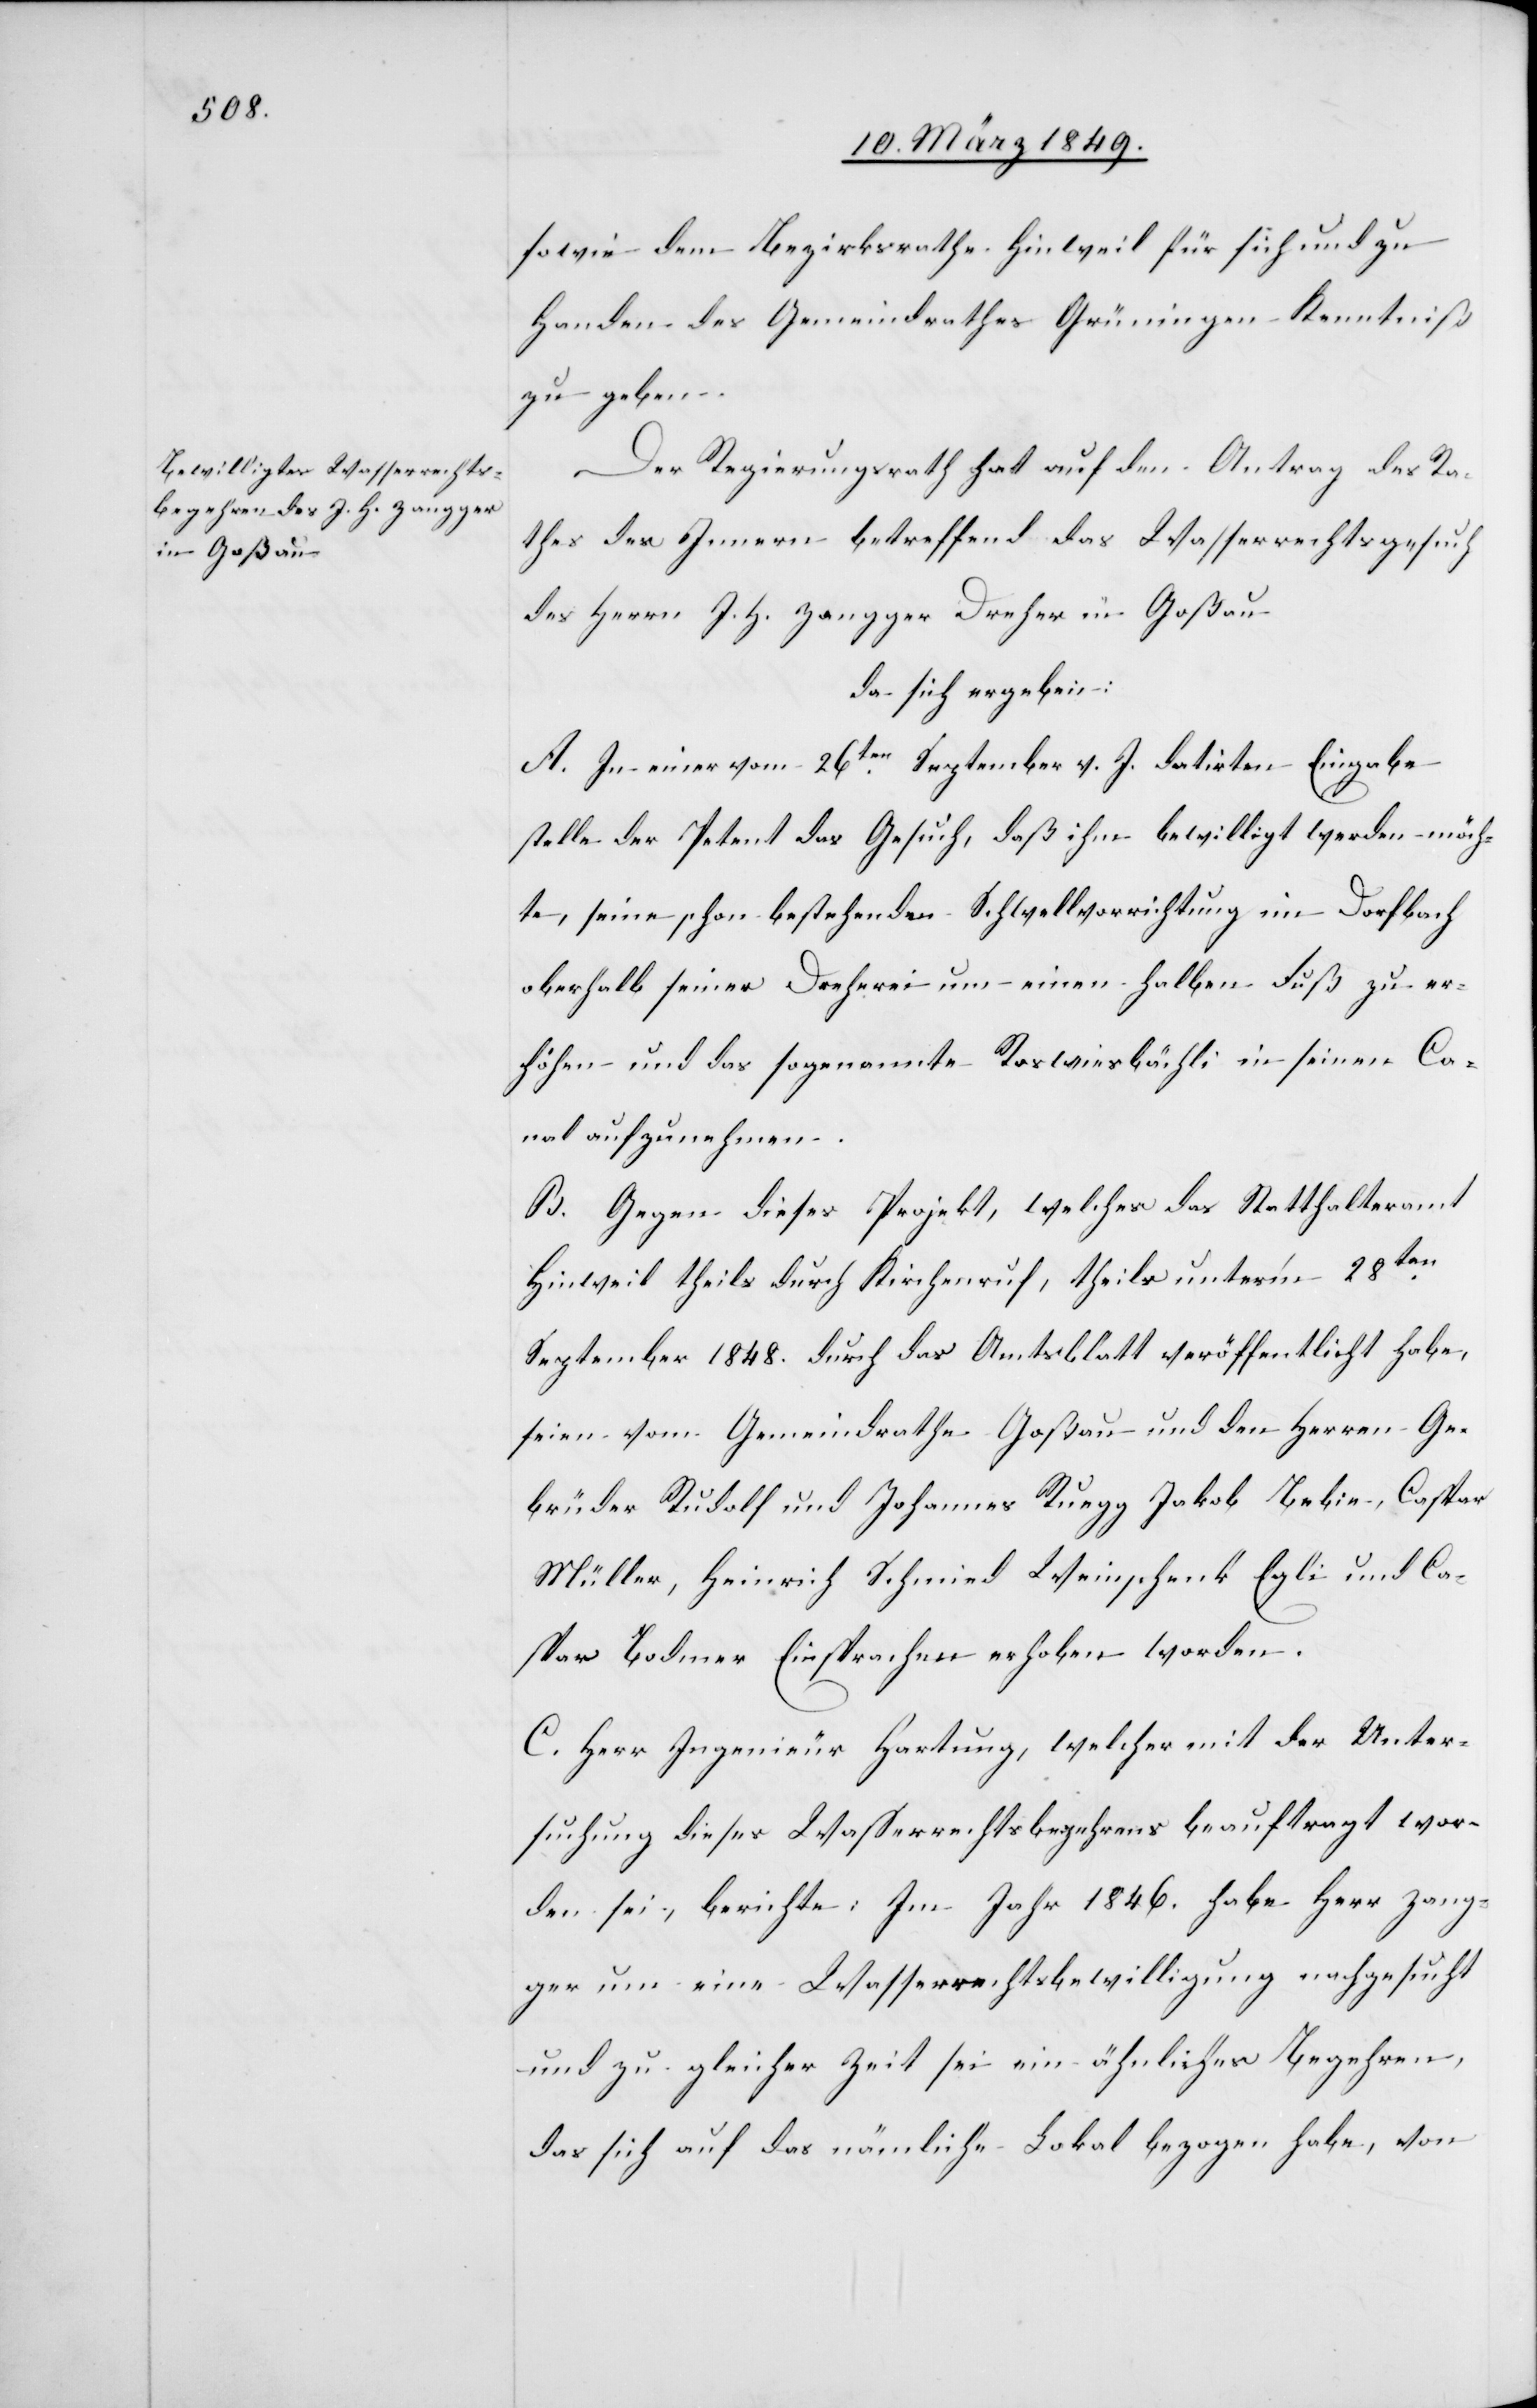
sowie dem Bezirksrathe Hinweil für sich und zu
Handen des Gemeindrathes Grüningen Kenntniß
zu geben.
Der Regierungsrath hat auf den Antrag des Ra¬
thes des Innern betreffend das Wasserrechtsgesuch
des Herrn J. H. Zangger Dreher in Goßau
da sich ergeben:
A. In einer vom 26ten. September v. J. datirten Eingabe
stelle der Petent das Gesuch, daß ihm bewilligt werden möch¬
te, seine schon bestehende Schwellvorrichtung im Dorfbach
oberhalb seiner Dreherei um einen halben Fuß zu er¬
höhen und das sogenannte Roswiesbächlein in seinen Ca¬
nal aufzunehmen.
B. Gegen dieses Projekt, welches das Statthalteramt
Hinweil theils durch Kirchenruf, theils unter’m 28ten.
September 1848. durch das Amtsblatt veröffentlicht habe,
seien vom Gemeindrathe Goßau und den Herren Ge¬
brüder Rudolf und Johannes Ruegg[,] Jakob Bebie, Caspar
Müller, Heinrich Schmied[,] Weinschenk Egli und Ca¬
spar Bodmer Einsprachen erhoben worden.
C. Herr Ingenieur Hartung, welcher mit der Unter¬
suchung dieses Wasserrechtsbegehrens beauftragt wor¬
den sei, berichte: Im Jahr 1846. habe Herr Zang¬
ger um eine Wasserrechtsbewilligung nachgesucht
und zu gleicher Zeit sei ein ähnliches Begehren,
das sich auf das nämliche Lokal bezogen habe, von